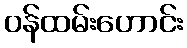
ဝန်ထမ်းဟောင်း